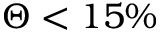
\Theta < 1 5 \%